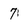
Character: 7